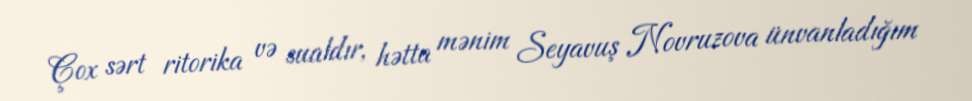
Çox sərt ritorika və sualdır, hətta mənim Seyavuş Novruzova ünvanladığım